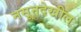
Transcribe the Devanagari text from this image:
नसूनदेखील